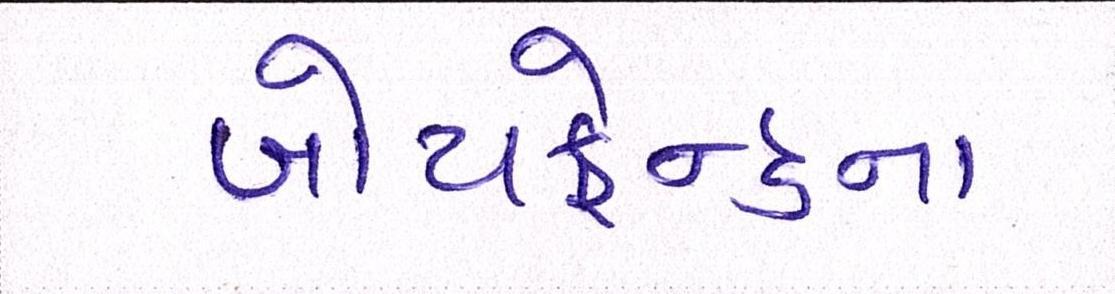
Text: બોયફ્રેન્ડના